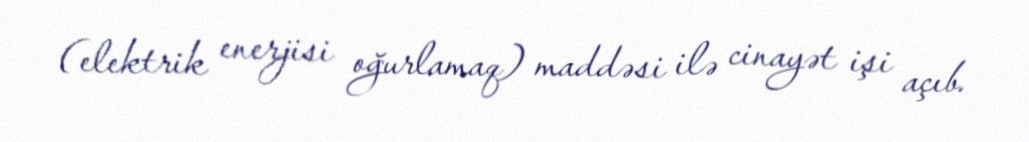
(elektrik enerjisi oğurlamaq) maddəsi ilə cinayət işi açıb.